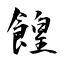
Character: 餭